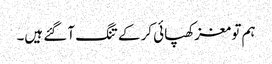
ہم تو مغز کھپائی کر کے تنگ آ گئے ہیں۔